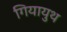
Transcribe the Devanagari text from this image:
गियायुथ